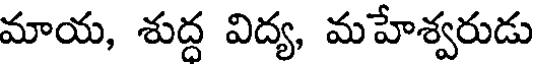
మాయ, శుద్ద విద్య, మహేశ్వరుడు